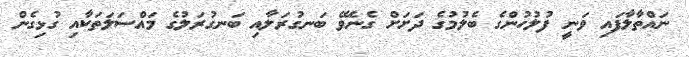
ނައްތާލާފައި ވަނީ ފުލުހުންގެ ބެލުމުގެ ދަށަށް ގެނެވޭ ބަނގުރަލާއި ބަނގުރަލުގެ މައްސަލަތަކާއި ގުޅިގެން